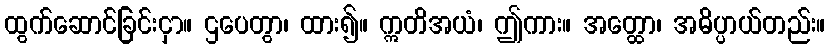
ထွက်ဆောင်ခြင်းငှာ။ ဌပေတွာ၊ ထား၍။ ဣတိအယံ၊ ဤကား။ အတ္ထော၊ အဓိပ္ပာယ်တည်း။